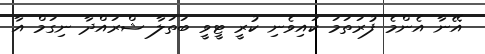
އޭނާ އެންމެ ފުރަތަމަ ކައިވެނި ކުރީ ޓީވީ ބަތަލާ ޝްރައްދާ ނިގަމް އާ